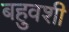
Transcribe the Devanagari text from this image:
बहुवशी